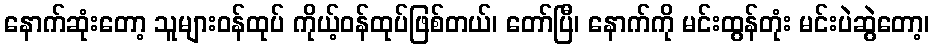
နောက်ဆုံးတော့ သူများဝန်ထုပ် ကိုယ့်ဝန်ထုပ်ဖြစ်တယ်၊ တော်ပြီ၊ နောက်ကို မင်းထွန်တုံး မင်းပဲဆွဲတော့၊